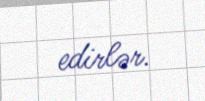
edirlər.